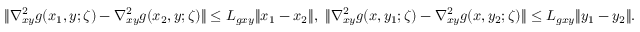
\begin{array} { r } { \| \nabla _ { x y } ^ { 2 } g ( x _ { 1 } , y ; \zeta ) - \nabla _ { x y } ^ { 2 } g ( x _ { 2 } , y ; \zeta ) \| \leq L _ { g x y } \| x _ { 1 } - x _ { 2 } \| , \ \| \nabla _ { x y } ^ { 2 } g ( x , y _ { 1 } ; \zeta ) - \nabla _ { x y } ^ { 2 } g ( x , y _ { 2 } ; \zeta ) \| \leq L _ { g x y } \| y _ { 1 } - y _ { 2 } \| . } \end{array}